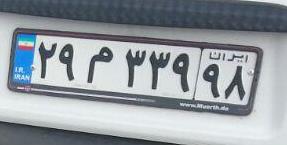
۲۹م۳۳۹۹۸